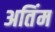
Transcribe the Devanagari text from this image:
अतिंम